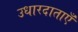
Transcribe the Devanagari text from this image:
उधारदाताएँ